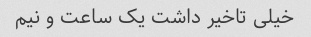
خیلی تاخیر داشت یک ساعت و نیم